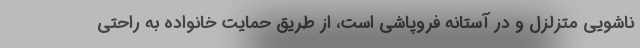
ناشویی متزلزل و در آستانه فروپاشی است، از طریق حمایت خانواده به راحتی